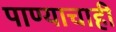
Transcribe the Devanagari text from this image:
पाण्‍याचाही